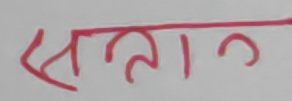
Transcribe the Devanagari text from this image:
सताग